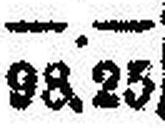
98.25